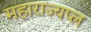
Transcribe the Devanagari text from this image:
महाराज्यप्ल